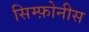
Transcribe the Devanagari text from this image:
सिम्फ़ोनीस